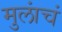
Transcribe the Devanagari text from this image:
मुलांचं